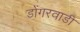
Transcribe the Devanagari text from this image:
डोंगरवाडी